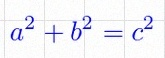
a^2+b^2=c^2